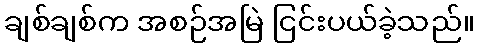
ချစ်ချစ်က အစဉ်အမြဲ ငြင်းပယ်ခဲ့သည်။